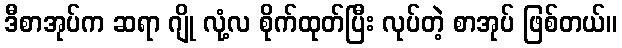
ဒီစာအုပ်က ဆရာ ဂျို လုံ့လ စိုက်ထုတ်ပြီး လုပ်တဲ့ စာအုပ် ဖြစ်တယ်။